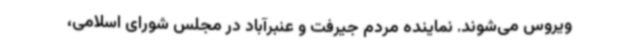
ویروس می‌شوند. نماینده مردم جیرفت و عنبرآباد در مجلس شورای اسلامی،